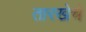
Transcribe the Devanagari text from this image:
तारखेचे